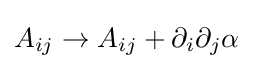
A_{ij}\to A_{ij}+\partial _{i}\partial _{j}\alpha